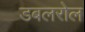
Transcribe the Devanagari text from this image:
डबलरोल